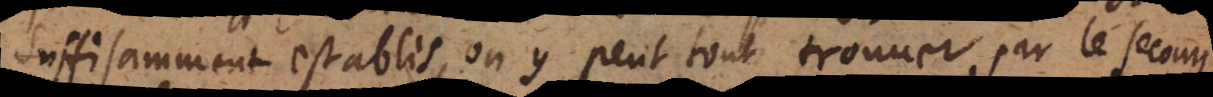
suffisamment establis, on y peut tout trouver par le secours